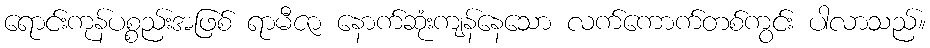
ရောင်းကုန်ပစ္စည်းအဖြစ် ရာမီဇာ နောက်ဆုံးကျန်နေသော လက်ကောက်တစ်ကွင်း ပါလာသည်။